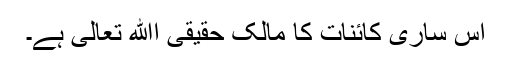
اس ساری کائنات کا مالک حقیقی اﷲ تعالیٰ ہے۔